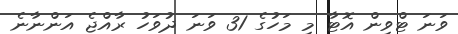
ވަނަ ޓްވިން އޮޓާ މި މަހުގެ 31 ވަނަ ދުވަހު ރާއްޖެ އަންނާނެ